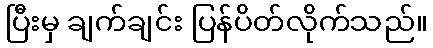
ပြီးမှ ချက်ချင်း ပြန်ပိတ်လိုက်သည်။